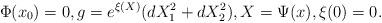
LaTeX: \begin{align*}\Phi(x_0)=0,g=e^{\xi(X)}(dX_1^2+dX_2^2),X=\Psi(x),\xi(0)=0. \end{align*}